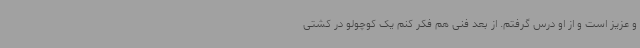
و عزیز است و از او درس گرفتم. از بعد فنی هم فکر کنم یک کوچولو در کشتی